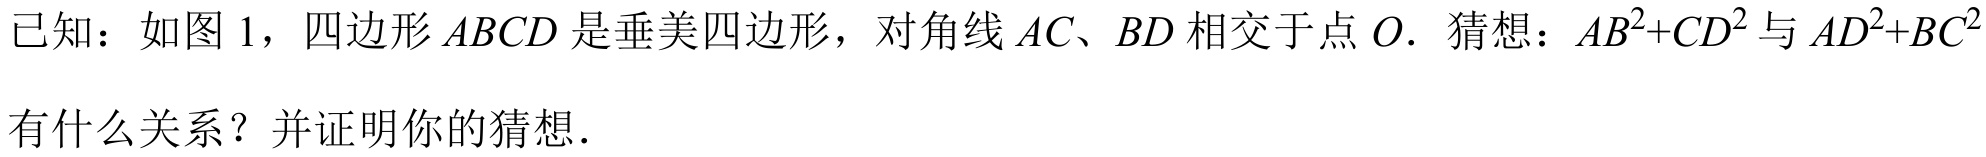
已知：如图 1，四边形\(ABCD\)是垂美四边形，对角线\(AC、BD\)相交于点\(O\). 猜想：\(AB^{2}+CD^{2}\)与\(AD^{2}+BC^{2}\)有什么关系？并证明你的猜想.